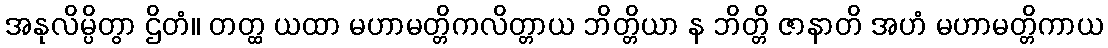
အနုလိမ္ပိတွာ ဌိတံ။ တတ္ထ ယထာ မဟာမတ္တိကလိတ္တာယ ဘိတ္တိယာ န ဘိတ္တိ ဇာနာတိ အဟံ မဟာမတ္တိကာယ